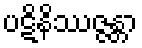
ပဋိနိဿဇ္ဇန္တာ